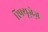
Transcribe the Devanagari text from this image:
रिफ्यूज़ेज़